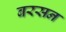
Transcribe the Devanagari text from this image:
बरसन